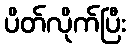
ပိတ်လိုက်ပြီး